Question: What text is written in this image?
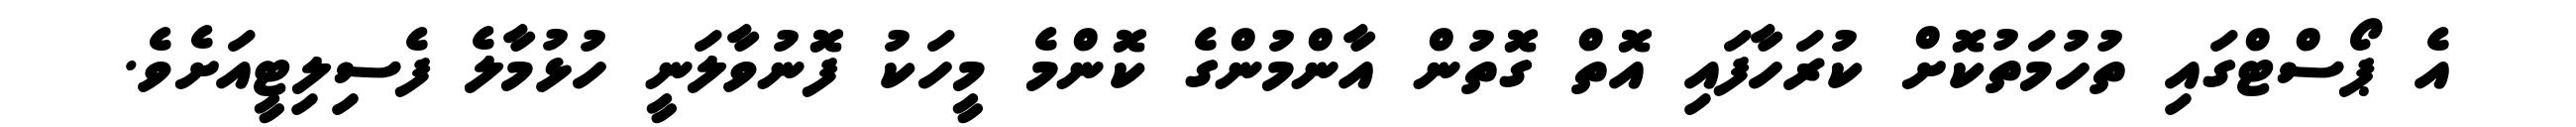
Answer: އެ ޕޯސްޓްގައި ތުހުމަތުކޮށް ކުރަހާފައި އޮތް ގޮތުން އާންމުންގެ ކޮންމެ މީހަކު ފޮނުވާލަނީ ހުޅުމާލެ ފެސިލިޓީއަށެވެ.